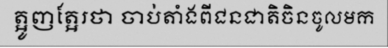
ត្អូញត្អែរថា ចាប់តាំងពីជនជាតិចិនចូលមក